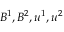
B ^ { 1 } , B ^ { 2 } , u ^ { 1 } , u ^ { 2 }